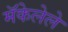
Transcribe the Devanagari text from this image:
मॅकेलेले